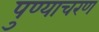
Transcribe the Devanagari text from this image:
पुण्याचरण